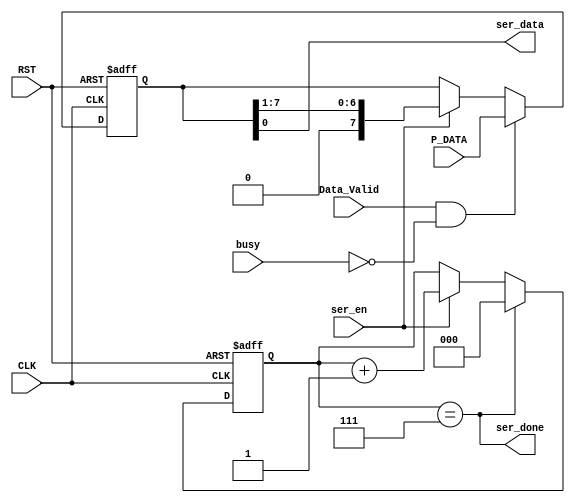
module Serializer (input wire CLK,
                   input wire [7:0] P_DATA,
                   input wire ser_en,
                   input wire Data_Valid,
                   input wire busy,
                   input wire RST,

                   output wire ser_done,
                   output wire ser_data);
    
    reg [2:0] Counter;
    reg [7:0] INT_REG;

    always @(posedge CLK or negedge RST ) begin
        if (!RST)
            INT_REG <= 0;
        else if (Data_Valid && !busy)
            INT_REG <= P_DATA;
        else if (ser_en)
            INT_REG <= INT_REG >> 1;
    end    
    
    always @(posedge CLK or negedge RST ) begin
        if (!RST)
            Counter <= 0;
        else if (ser_done)
            Counter <= 0;
        else if (ser_en)
            Counter <= Counter + 1;
    end
                
    assign ser_done = Counter == 3'd7;
    assign ser_data = INT_REG [0];
        
        
endmodule